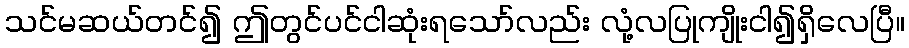
သင်မဆယ်တင်၍ ဤတွင်ပင်ငါဆုံးရသော်လည်း လုံ့လပြုကျိုးငါ၍ရှိလေပြီ။